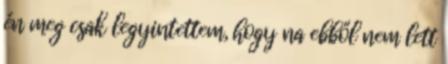
én meg csak legyintettem, hogy na ebből nem lett